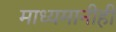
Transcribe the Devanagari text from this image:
माध्यमानीही